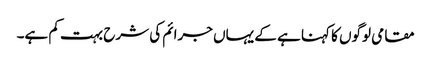
مقامی لوگوں کا کہنا ہے کے یہاں جرائم کی شرح بہت کم ہے۔